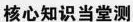
核心知识当堂测